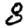
Digit: 8